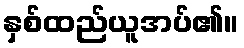
နှစ်ထည်ယူအပ်၏။